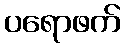
ပရောဖက်